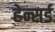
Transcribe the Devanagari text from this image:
हेन्सर्ड